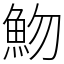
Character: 魩